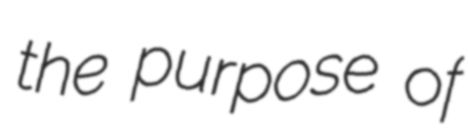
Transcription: the purpose of